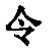
令